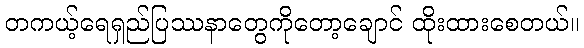
တကယ့်ရေရှည်ပြဿနာတွေကိုတော့ချောင် ထိုးထားစေတယ်။